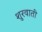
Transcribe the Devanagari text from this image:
शुरवाती